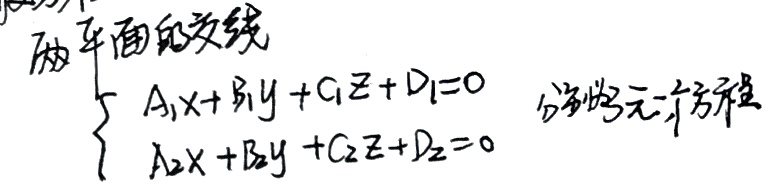
两平面的交线
$$\begin{cases}
A_1x + B_1y + C_1z + D_1 = 0 \\
A_2x + B_2y + C_2z + D_2 = 0
\end{cases}$$
分参法：写一个方程